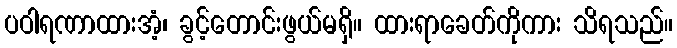
ပဝါရဏာထားအံ့၊ ခွင့်တောင်းဖွယ်မရှိ။ ထားရာခေတ်ကိုကား သိရသည်။